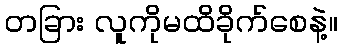
တခြား လူကိုမထိခိုက်စေနဲ့။